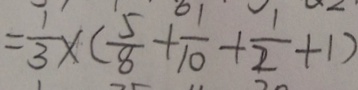
= \frac { 1 } { 3 } \times ( \frac { 5 } { 8 } + \frac { 1 } { 1 0 } + \frac { 1 } { 2 } + 1 )